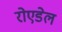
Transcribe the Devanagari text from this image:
रोएडेल